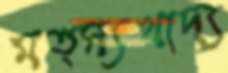
মত্স্যখাদ্য